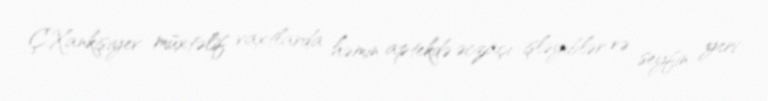
Ç.Xankişiyev müxtəlif vaxtlarda həmin aptekdə əczaçı işləyiblər və seyfin yeri